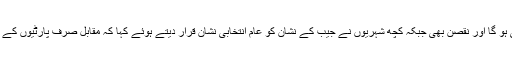
کچھ شہریوں کے مطابق اس نشان کے حامل امیدواروں کو اس سے فائدہ بھی ہو گا اور نقصن بھی جبکہ کچھ شہریوں نے جیب کے نشان کو عام انتخابی نشان قرار دیتے ہوئے کہا کہ مقابل صرف پارٹیوں کے انتخابی نشان رکھنے والے امیدورں میں ہے اور یہ صرف قیاس آریائیاں ہیں۔